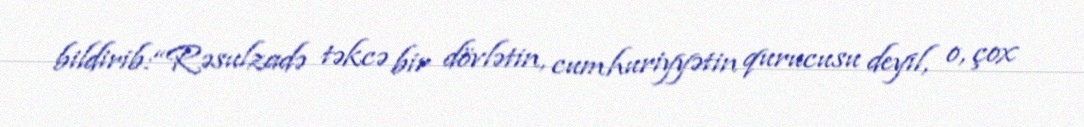
bildirib:“Rəsulzadə təkcə bir dövlətin, cumhuriyyətin qurucusu deyil, o, çox